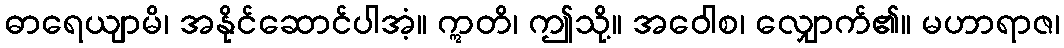
ဓာရေယျာမိ၊ အနိုင်ဆောင်ပါအံ့။ ဣတိ၊ ဤသို့။ အဝေါစ၊ လျှောက်၏။ မဟာရာဇ၊